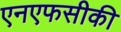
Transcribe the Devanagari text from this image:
एनएफसीकी